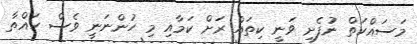
މަސައްކަތް ނުފެށި ވަނީ ކިތައް ރަށް ކަމާއި މި ހުންނަނީ ވެސް ހައްތާ